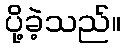
ပို့ခဲ့သည်။